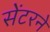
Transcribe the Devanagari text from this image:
सेंटरने